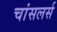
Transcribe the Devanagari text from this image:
चांसलर्स